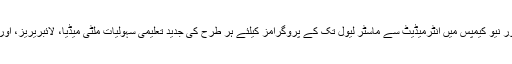
ان شعبہ جات کےلئے اولڈ اور نیو کیمپس میں انٹرمیڈیٹ سے ماسٹر لیول تک کے پروگرامز کیلئے ہر طرح کی جدید تعلیمی سہولیات ملٹی میڈیا، لائبریریز، اور لیبارٹریز مہیا کی گئی ہیں۔